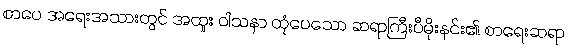
စာပေ အရေးအသားတွင် အထူး ဝါသနာ ထုံပေသော ဆရာကြီးပီမိုးနင်း၏ စာရေးဆရာ